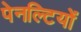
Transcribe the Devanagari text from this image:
पेनल्टियों